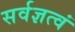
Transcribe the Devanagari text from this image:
सर्वज्ञत्वं